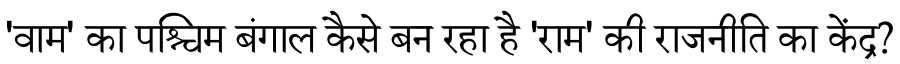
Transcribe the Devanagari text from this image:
'वाम' का पश्चिम बंगाल कैसे बन रहा है 'राम' की राजनीति का केंद्र?